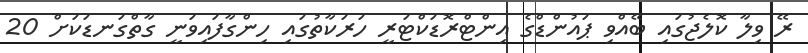
ރޭ ވިލާ ކޮލެޖުގައި ބޭއްވި ޕައުންޑްގެ އިންޓްރޮޑަކްޓަރީ ހަރަކާތުގައި ހިންގާފައިވަނީ ގާތްގަނޑަކަށް 20